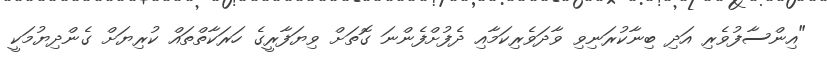
"އިންސާފުވެރި އަދި ބިނާކުރަނިވި ވާދަވެރިކަމާއި ދެފުށްފެންނަ ގޮތަށް ވިޔަފާރީގެ ހަރަކާތްތައް ކުރިޔަށް ގެންދިޔުމަކީ